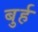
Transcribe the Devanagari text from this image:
बुर्ह